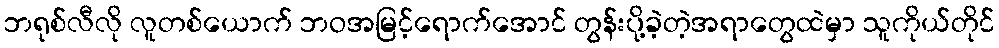
ဘရုစ်လီလို လူတစ်ယောက် ဘဝအမြင့်ရောက်အောင် တွန်းပို့ခဲ့တဲ့အရာတွေထဲမှာ သူကိုယ်တိုင်